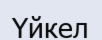
Үйкел